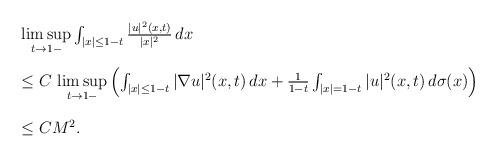
LaTeX: \begin{align*}\def\arraystretch{2.2}\left.\begin{array}{rl} &\limsup\limits_{t\to 1-}\int_{|x|\leq 1-t} \frac{|u|^2(x,t)}{|x|^2}\,dx\\ &\leq C\,\limsup\limits_{t\to 1-}\left(\int_{|x|\leq 1-t}|\nabla u|^2(x,t)\,dx+\frac{1}{1-t}\int_{|x|=1-t}|u|^2(x,t)\,d\sigma(x)\right)\\ &\leq CM^2. \end{array}\right.\end{align*}